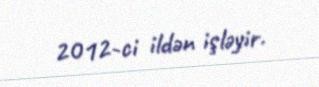
2012-ci ildən işləyir.